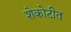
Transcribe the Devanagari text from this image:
शेकोटीत